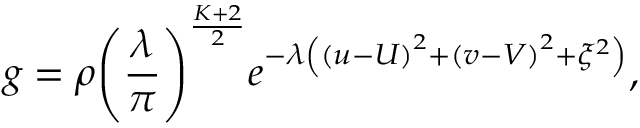
g = \rho { { \left( \frac { \lambda } { \pi } \right) } ^ { \frac { K + 2 } { 2 } } } { { e } ^ { - \lambda \left( { { \left( u - U \right) } ^ { 2 } } + { { \left( v - V \right) } ^ { 2 } } + { { \xi } ^ { 2 } } \right) } } ,